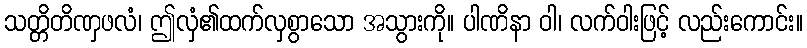
သတ္တိတိဏှဖလံ၊ ဤလှံ၏ထက်လှစွာသော အသွားကို။ ပါဏိနာ ဝါ၊ လက်ဝါးဖြင့် လည်းကောင်း။